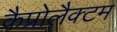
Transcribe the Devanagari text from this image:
कैप्रोलैक्टम